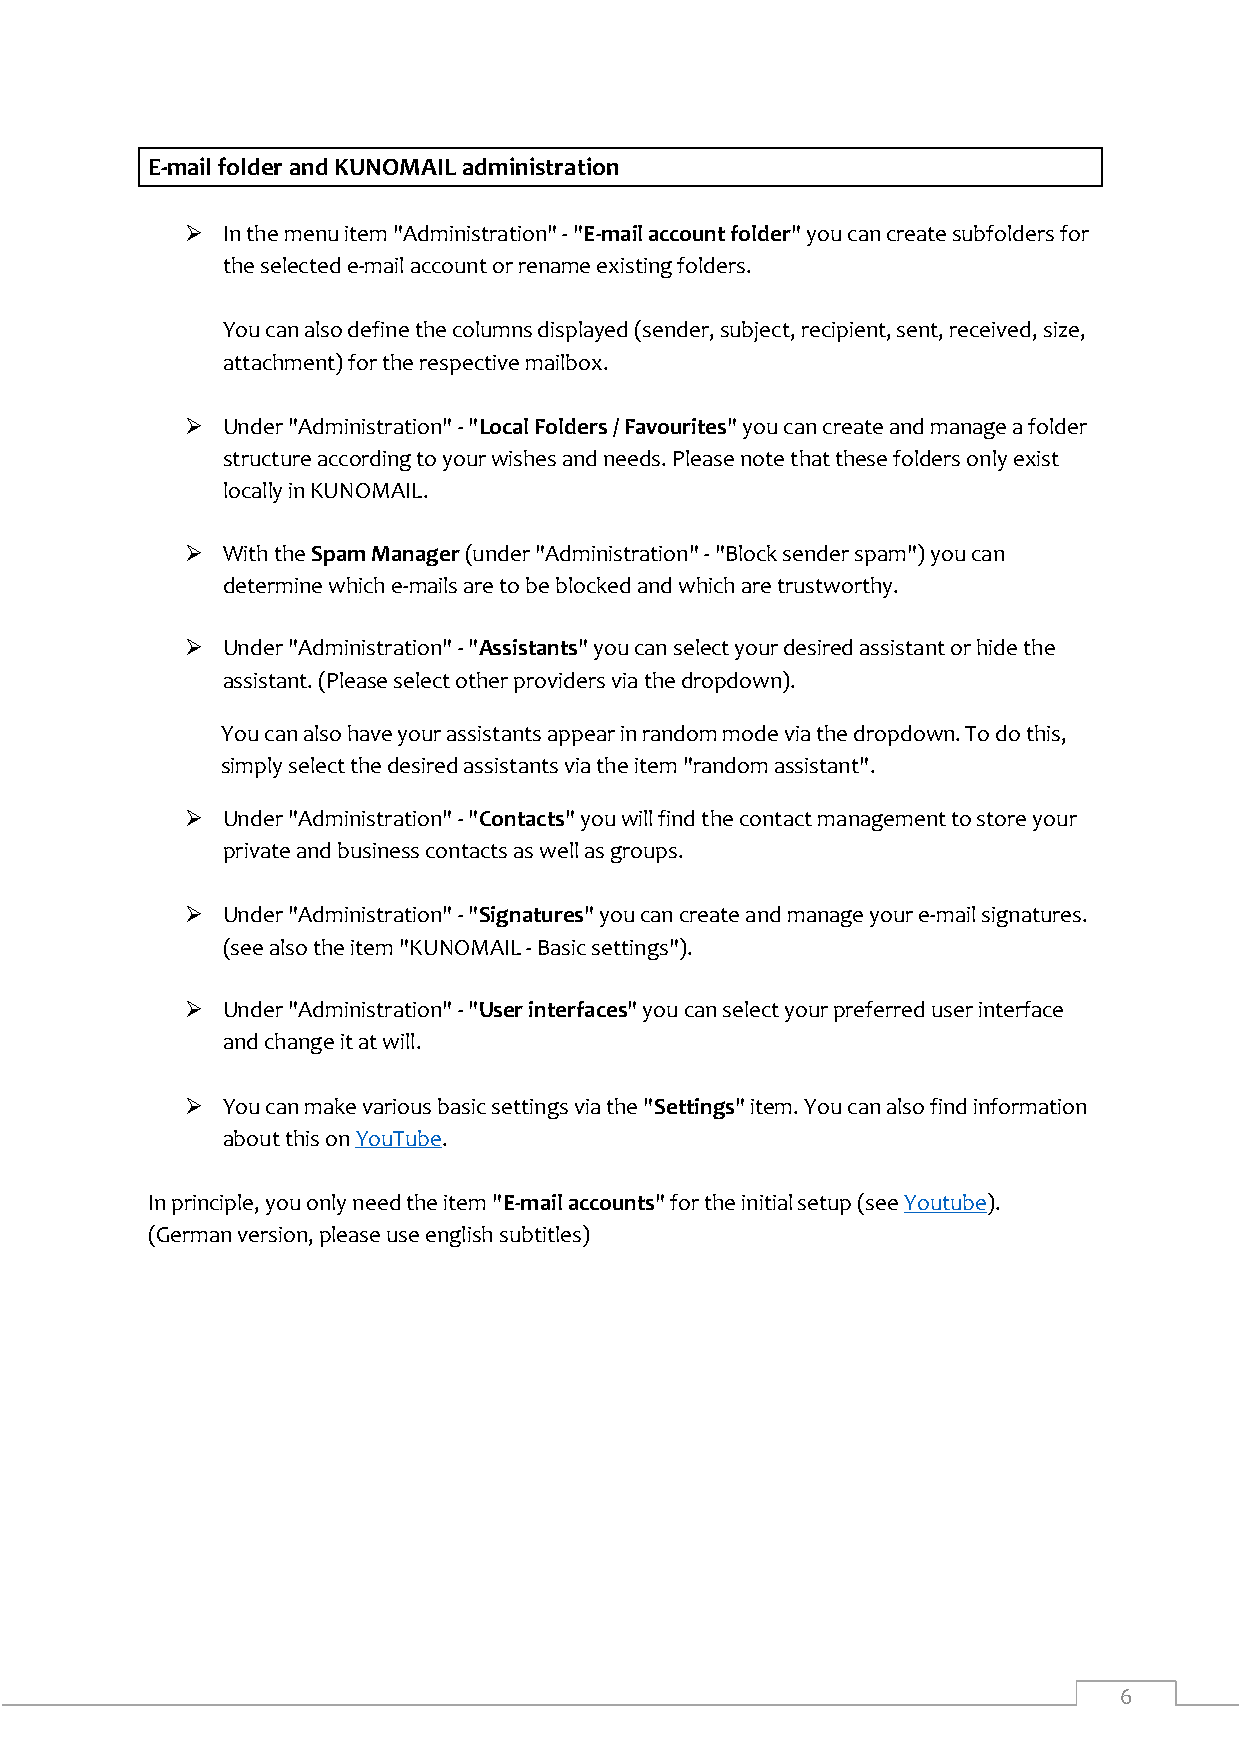
E-mail folder and KUNOMAIL administration
   In the menu item "Administration" - "E-mail account folder" you can create subfolders for
 the selected e-mail account or rename existing folders.
 You can also define the columns displayed (sender, subject, recipient, sent, received, size,
 attachment) for the respective mailbox.
   Under "Administration" - "Local Folders / Favourites" you can create and manage a folder
 structure according to your wishes and needs. Please note that these folders only exist
 locally in KUNOMAIL.
   With the Spam Manager (under "Administration" - "Block sender spam") you can
 determine which e-mails are to be blocked and which are trustworthy.
   Under "Administration" - "Assistants" you can select your desired assistant or hide the
 assistant. (Please select other providers via the dropdown).
 You can also have your assistants appear in random mode via the dropdown. To do this,
 simply select the desired assistants via the item "random assistant".
   Under "Administration" - "Contacts" you will find the contact management to store your
 private and business contacts as well as groups.
   Under "Administration" - "Signatures" you can create and manage your e-mail signatures.
 (see also the item "KUNOMAIL - Basic settings").
   Under "Administration" - "User interfaces" you can select your preferred user interface
 and change it at will.
   You can make various basic settings via the "Settings" item. You can also find information
 about this on YouTube.
 In principle, you only need the item "E-mail accounts" for the initial setup (see Youtube).
 (German version, please use english subtitles)
 6